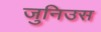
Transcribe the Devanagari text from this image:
जुनिउस